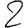
Digit: 2